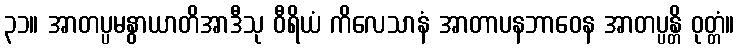
၃၁။ အာတပ္ပမနွာယာတိအာဒီသု ဝီရိယံ ကိလေသာနံ အာတာပနဘာဝေန အာတပ္ပန္တိ ဝုတ္တံ။